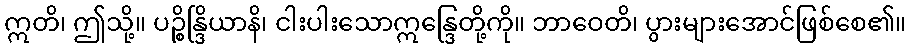
ဣတိ၊ ဤသို့။ ပဉ္စိန္ဒြိယာနိ၊ ငါးပါးသောဣန္ဒြေတို့ကို။ ဘာဝေတိ၊ ပွားများအောင်ဖြစ်စေ၏။